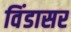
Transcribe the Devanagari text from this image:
विंडासर